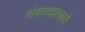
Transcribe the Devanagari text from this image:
संवाददात्याने